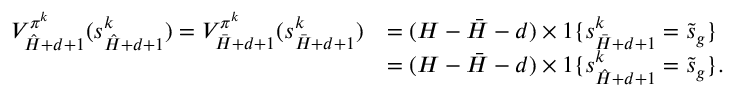
\begin{array} { r l } { V _ { \hat { H } + d + 1 } ^ { \pi ^ { k } } ( s _ { \hat { H } + d + 1 } ^ { k } ) = V _ { \bar { H } + d + 1 } ^ { \pi ^ { k } } ( s _ { \bar { H } + d + 1 } ^ { k } ) } & { = ( H - \bar { H } - d ) \times 1 \{ s _ { \bar { H } + d + 1 } ^ { k } = \tilde { s } _ { g } \} } \\ & { = ( H - \bar { H } - d ) \times 1 \{ s _ { \hat { H } + d + 1 } ^ { k } = \tilde { s } _ { g } \} . } \end{array}